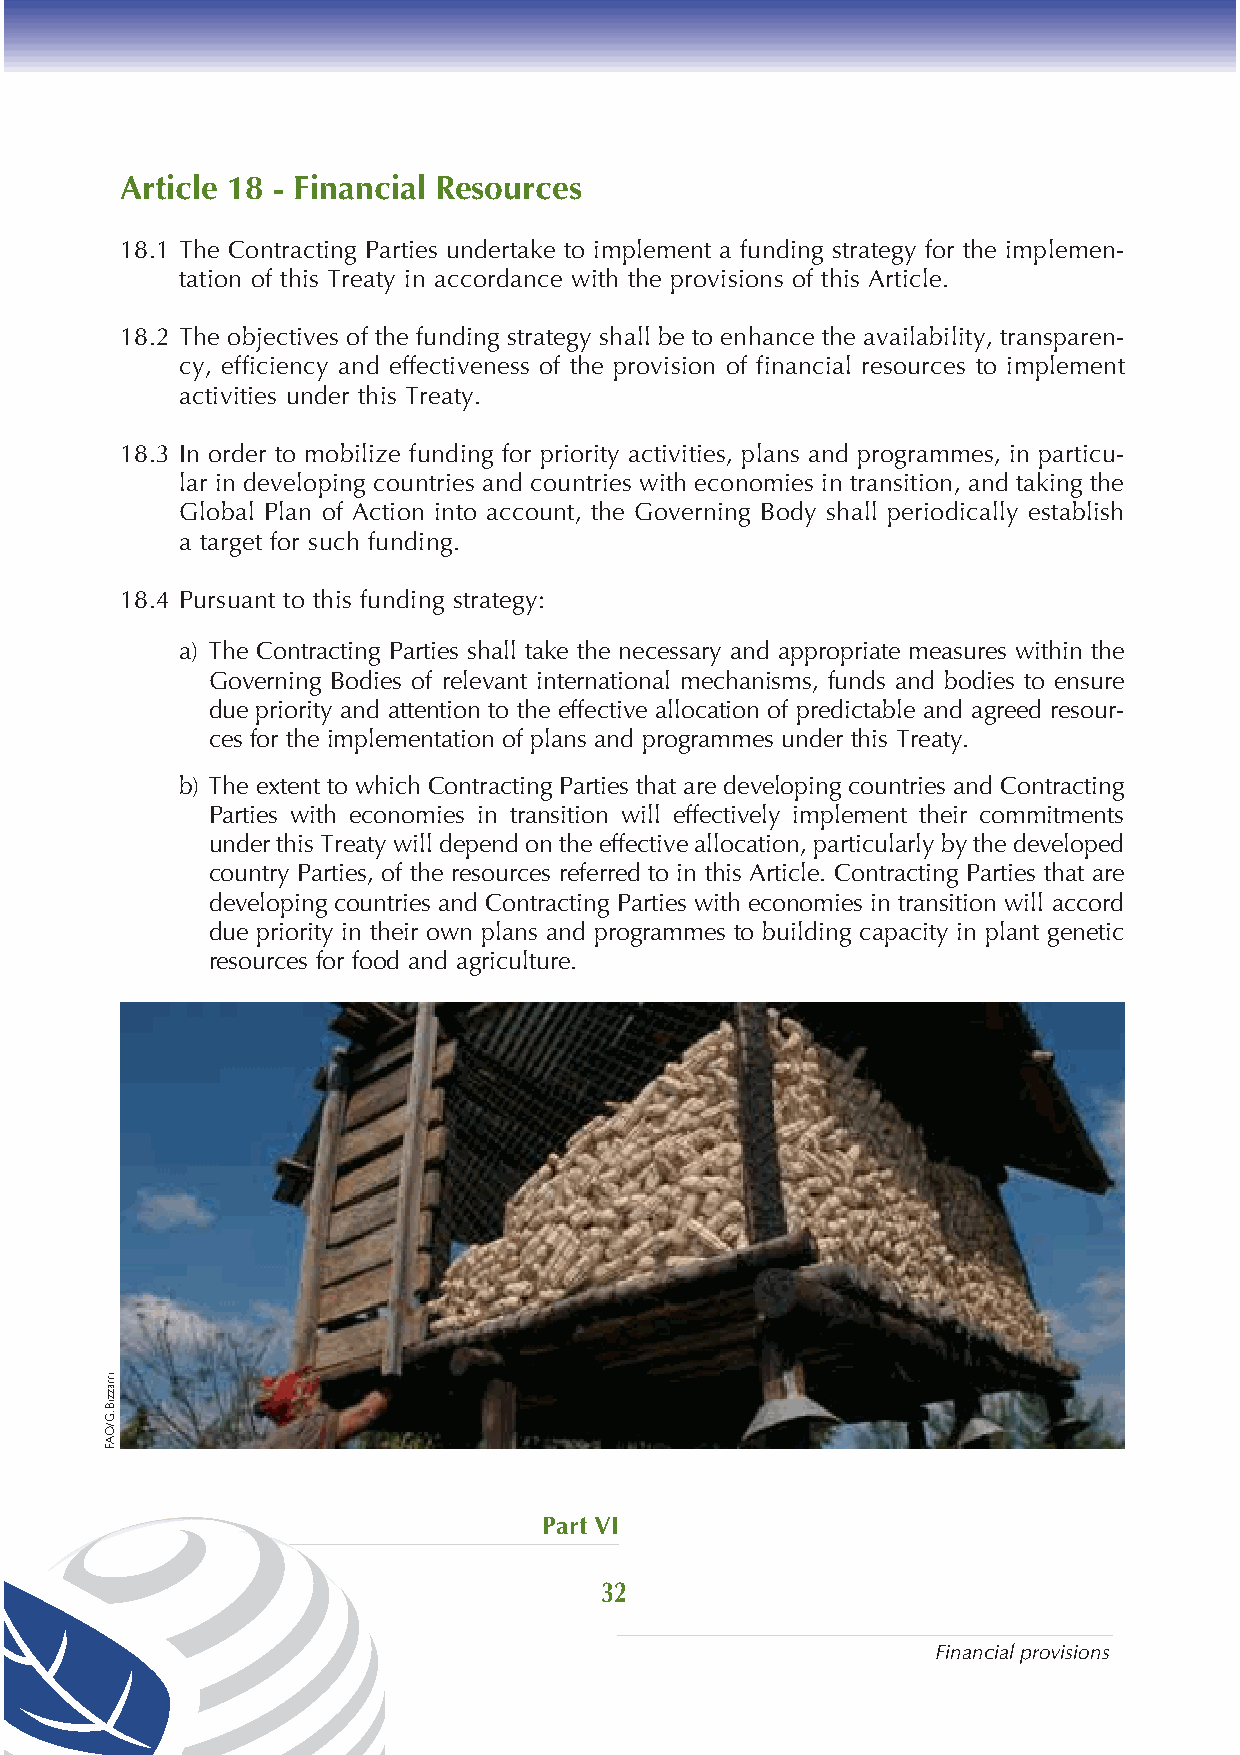
Article 18 - Financial Resources
 18.1 The Contracting Parties undertake to implement a funding strategy for the implemen-
 tation of this Treaty in accordance with the provisions of this Article.
 18.2 The objectives of the funding strategy shall be to enhance the availability, transparen-
 cy, efficiency and effectiveness of the provision of financial resources to implement
 activities under this Treaty.
 18.3 In order to mobilize funding for priority activities, plans and programmes, in particu-
 lar in developing countries and countries with economies in transition, and taking the
 Global Plan of Action into account, the Governing Body shall periodically establish
 a target for such funding.
 18.4 Pursuant to this funding strategy:
 a) The Contracting Parties shall take the necessary and appropriate measures within the
 Governing Bodies of relevant international mechanisms, funds and bodies to ensure
 due priority and attention to the effective allocation of predictable and agreed resour-
 ces for the implementation of plans and programmes under this Treaty.
 b) The extent to which Contracting Parties that are developing countries and Contracting
 Parties with economies in transition will effectively implement their commitments
 under this Treaty will depend on the effective allocation, particularly by the developed
 country Parties, of the resources referred to in this Article. Contracting Parties that are
 developing countries and Contracting Parties with economies in transition will accord
 due priority in their own plans and programmes to building capacity in plant genetic
 resources for food and agriculture.
 Part VI
 32
 Financial provisions
 irrazziB
 .G/OAF